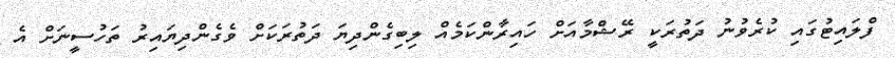
ފްލައިޓުގައި ކުރެވުނު ދަތުރަކީ ރޭޝްމާއަށް ހައިރާންކަމެއް ލިބިގެންދިޔަ ދަތުރަކަށް ވެގެންދިޔައިރު ތަހުސީނަށް އެ